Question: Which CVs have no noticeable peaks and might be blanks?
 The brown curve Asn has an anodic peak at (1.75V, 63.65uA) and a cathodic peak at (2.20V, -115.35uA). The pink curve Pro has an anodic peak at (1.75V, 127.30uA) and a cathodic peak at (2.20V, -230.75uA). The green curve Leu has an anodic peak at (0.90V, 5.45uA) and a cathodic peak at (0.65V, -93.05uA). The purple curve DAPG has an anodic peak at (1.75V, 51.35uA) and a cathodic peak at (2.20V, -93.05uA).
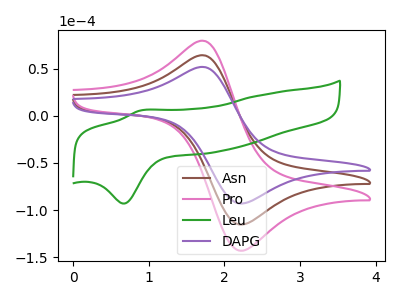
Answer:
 <answer>There are not any CV's on this graph that are likely to be blanks.</answer>
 <eval>none</eval>